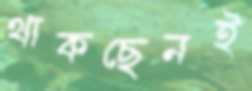
থাকছেনই